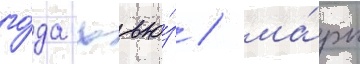
го́да хью́з / ма́рк